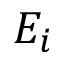
E _ { i }